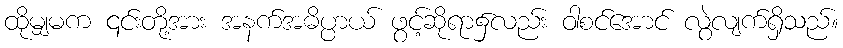
ထိုမျှမက ၎င်းတို့အား အနက်အဓိပ္ပာယ် ဖွင့်ဆိုရာ၌လည်း ဝါစင်အောင် လွဲလျက်ရှိသည်။